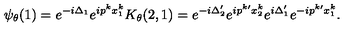
\psi _ { \theta } ( 1 ) = e ^ { - i \Delta _ { 1 } } e ^ { i p ^ { k } x _ { 1 } ^ { k } } K _ { \theta } ( 2 , 1 ) = e ^ { - i \Delta _ { 2 } ^ { \prime } } e ^ { i p ^ { k \prime } x _ { 2 } ^ { k } } e ^ { i \Delta _ { 1 } ^ { \prime } } e ^ { - i p ^ { k \prime } x _ { 1 } ^ { k } } .